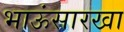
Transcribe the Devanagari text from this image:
भाऊंसारखा